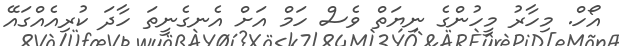
އޯހް. މިހާރު މީހުންގެ ނިޔަތް ވެސް ހަމް އަށް އެނގެނީތަ ހާދަ ކުރިއެއްގައޭ